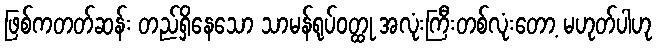
ဖြစ်ကတတ်ဆန်း တည်ရှိနေသော သာမန်ရုပ်ဝတ္ထု အလုံးကြီးတစ်လုံးတော့ မဟုတ်ပါဟု